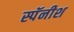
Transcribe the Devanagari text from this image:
स्पॅनीश